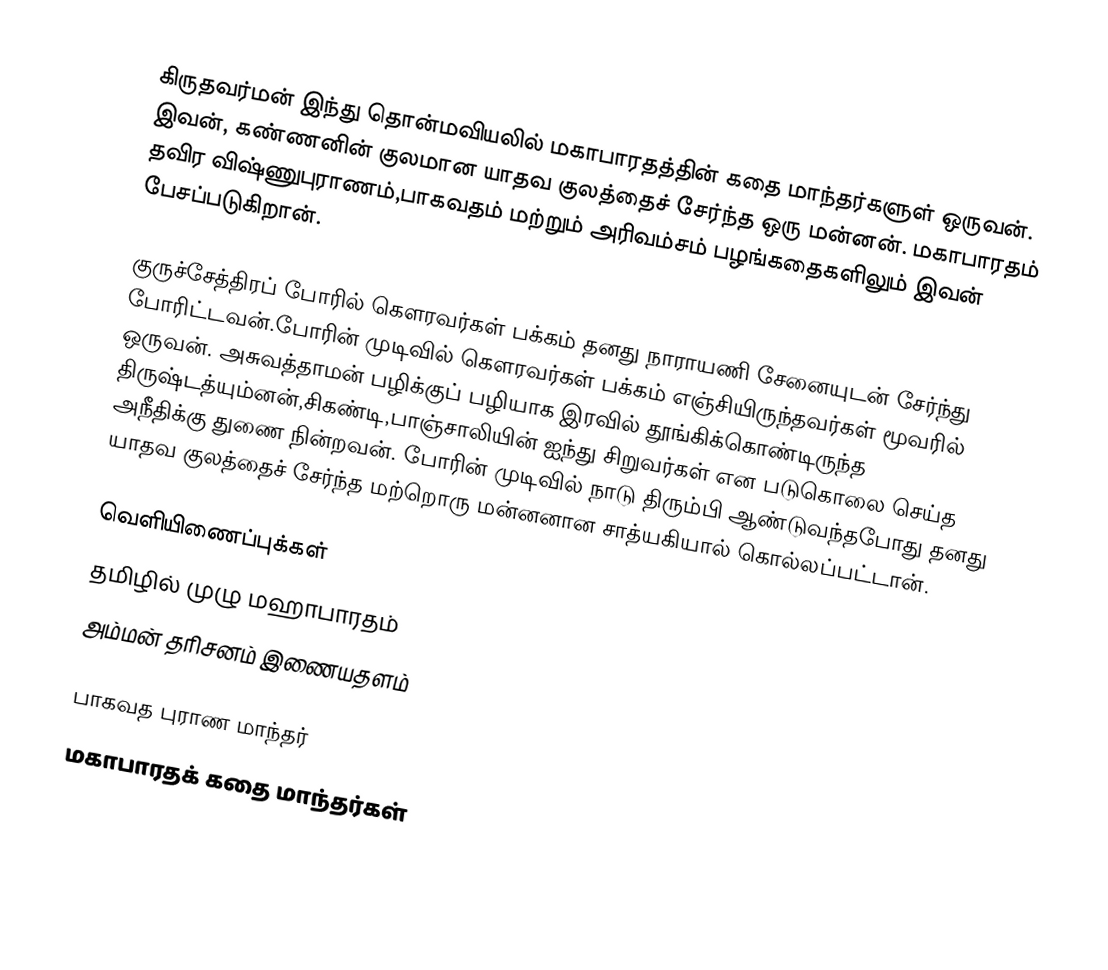
கிருதவர்மன் இந்து தொன்மவியலில் மகாபாரதத்தின் கதை மாந்தர்களுள் ஒருவன். இவன், கண்ணனின் குலமான யாதவ குலத்தைச் சேர்ந்த ஒரு மன்னன். மகாபாரதம் தவிர விஷ்ணுபுராணம்,பாகவதம் மற்றும் அரிவம்சம் பழங்கதைகளிலும் இவன் பேசப்படுகிறான்.

குருச்சேத்திரப் போரில் கௌரவர்கள் பக்கம் தனது நாராயணி சேனையுடன் சேர்ந்து போரிட்டவன்.போரின் முடிவில் கௌரவர்கள் பக்கம் எஞ்சியிருந்தவர்கள் மூவரில் ஒருவன். அசுவத்தாமன் பழிக்குப் பழியாக இரவில் தூங்கிக்கொண்டிருந்த திருஷ்டத்யும்னன்,சிகண்டி,பாஞ்சாலியின் ஐந்து சிறுவர்கள் என படுகொலை செய்த அநீதிக்கு துணை நின்றவன். போரின் முடிவில் நாடு திரும்பி ஆண்டுவந்தபோது தனது யாதவ குலத்தைச் சேர்ந்த மற்றொரு மன்னனான சாத்யகியால் கொல்லப்பட்டான்.

வெளியிணைப்புக்கள்
 தமிழில் முழு மஹாபாரதம்
அம்மன் தரிசனம் இணையதளம்

பாகவத புராண மாந்தர்
மகாபாரதக் கதை மாந்தர்கள்